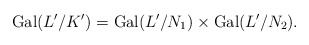
\begin{align*} {\rm Gal}(L'/K')={\rm Gal}(L'/N_1)\times{\rm Gal}(L'/N_2).\end{align*}